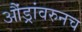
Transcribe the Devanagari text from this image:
औंड्रांवरुनच